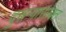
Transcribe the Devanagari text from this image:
दुसऱ्यासोबत